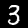
Label: 3